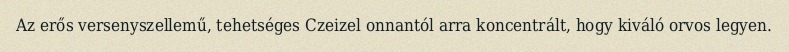
Az erős versenyszellemű, tehetséges Czeizel onnantól arra koncentrált, hogy kiváló orvos legyen.